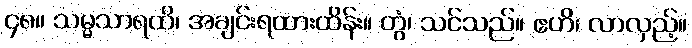
၄၈။ သမ္မသာရထိ၊ အချင်းရထားထိန်း။ တွံ၊ သင်သည်။ ဧဟိ၊ လာလှည့်။